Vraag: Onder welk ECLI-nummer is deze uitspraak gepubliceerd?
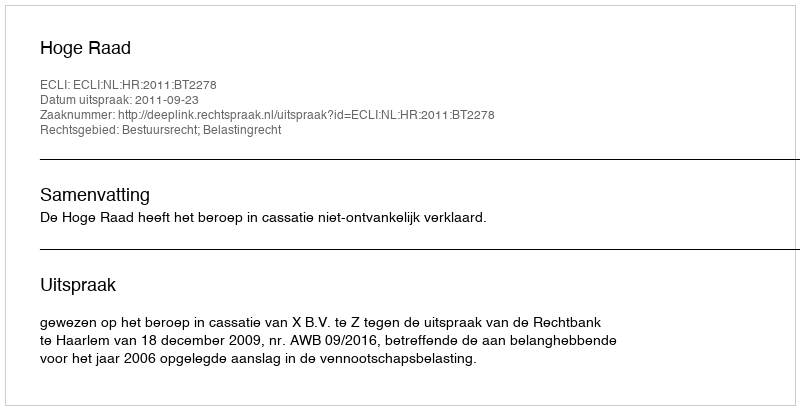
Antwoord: ECLI:NL:HR:2011:BT2278